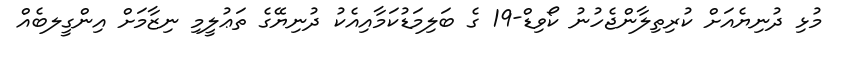
މުޅި ދުނިޔެއަށް ކުރިތިލާންޖެހުނު ކޯވިޑް-19 ގެ ބަލިމަޑުކަމާއިއެކު ދުނިޔޭގެ ތަޢުލީމި ނިޒާމަށް އިންގީލބެއް